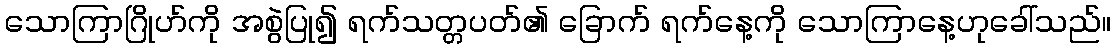
သောကြာဂြိုဟ်ကို အစွဲပြု၍ ရက်သတ္တပတ်၏ ခြောက် ရက်နေ့ကို သောကြာနေ့ဟုခေါ်သည်။